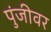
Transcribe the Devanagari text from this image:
पुंजीवर